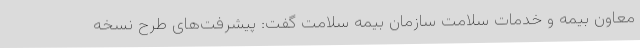
معاون بیمه و خدمات سلامت سازمان بیمه سلامت گفت: پیشرفت‌های طرح نسخه